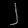
Digit: ၂